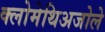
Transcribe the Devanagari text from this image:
क्लोमेथिअजोले